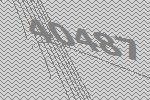
40487